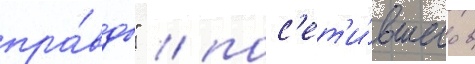
пра́вды" / пос'ет'и́вшего в